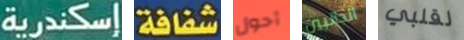
إسكندرية شفافة أحول الجانبين لقلبي